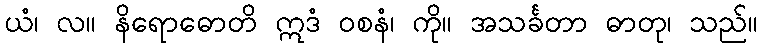
ယံ၊ လ။ နိရောဓောတိ ဣဒံ ဝစနံ၊ ကို။ အသင်္ခတာ ဓာတု၊ သည်။